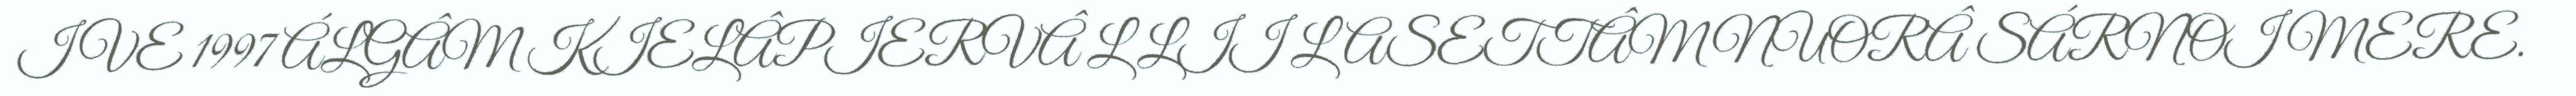
IVE 1997 ÁLGÂM KIELÂPIERVÂ L LII LASETTÂM NUORÂ SÁRNOI MERE.